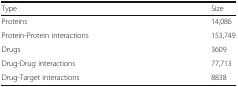
<table><thead><tr><td><b>Type</b></td><td><b>Size</b></td></tr></thead><tbody><tr><td>Proteins</td><td>14,086</td></tr><tr><td>Protein-Protein interactions</td><td>153,749</td></tr><tr><td>Drugs</td><td>3609</td></tr><tr><td>Drug-Drug interactions</td><td>77,713</td></tr><tr><td>Drug-Target interactions</td><td>8838</td></tr></tbody></table>